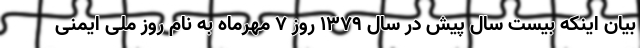
بیان اینکه بیست سال پیش در سال ۱۳۷۹ روز ۷ مهرماه به نام روز ملی ایمنی